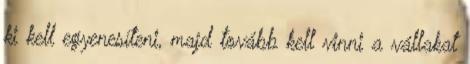
ki kell egyenesíteni, majd tovább kell vinni a vállakat